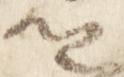
卿